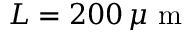
L = 2 0 0 \, \mu \textrm { m }